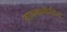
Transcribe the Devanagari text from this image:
वाचककेंद्रित